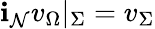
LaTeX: \mathbf{i}_{\mathcal{{N}}}v_{\Omega}|_{\Sigma}=v_{\Sigma}